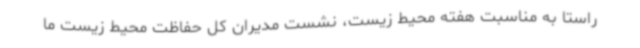
راستا به مناسبت هفته محیط زیست، نشست مدیران کل حفاظت محیط زیست ما